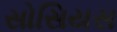
સોસિયસ